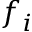
f _ { i }